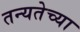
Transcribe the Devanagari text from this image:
तन्यतेच्या